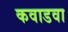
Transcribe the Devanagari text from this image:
कवाडवा